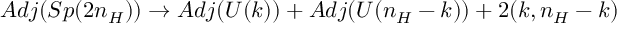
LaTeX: A d j ( S p ( 2 n _ { H } ) ) \to A d j ( U ( k ) ) + A d j ( U ( n _ { H } - k ) ) + 2 ( k , n _ { H } - k )